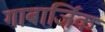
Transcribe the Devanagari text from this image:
गाबार्जिक